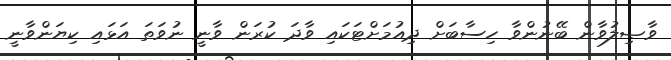
ވާޞިލުވާން ބޭނުންވާ ހިސާބަށް ދިއުމަށްޓަކައި ވާދަ ކުރަން ވާނީ ނުވަތަ އަޅައި ކިޔަންވާނީ